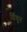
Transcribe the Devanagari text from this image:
विंचून